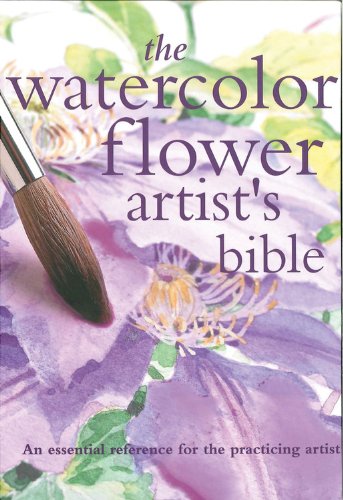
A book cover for The Watercolor Flower Artist's Bible: An Essential Reference for the Practicing Artist (Artist's Bibles); Arts & Photography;